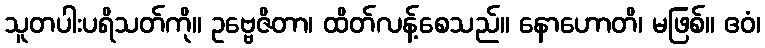
သူတပါးပရိသတ်ကို။ ဥဗ္ဗေဇိတာ၊ ထိတ်လန့်စေသည်။ နောဟောတိ၊ မဖြစ်။ ဧဝံ၊